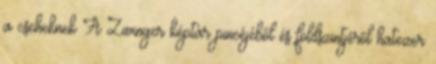
a cseheknek A Zwinger képtár pincéjéből és földszintjéről hatezer